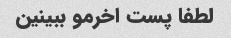
لطفا پست اخرمو ببینین